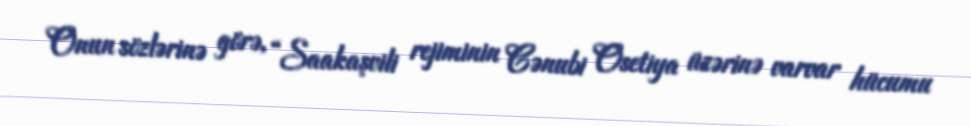
Onun sözlərinə görə, “Saakaşvili rejiminin Cənubi Osetiya üzərinə varvar hücumu